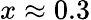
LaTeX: x\approx 0.3